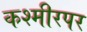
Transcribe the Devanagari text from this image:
कश्मीरपर